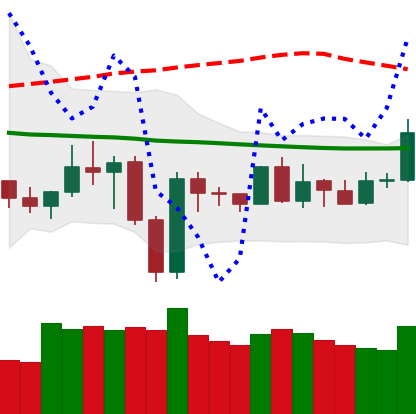
Ticker: NEO-USD
Chart end date: 2019-12-29
Forward return: -3.957%
Label: down_3_5